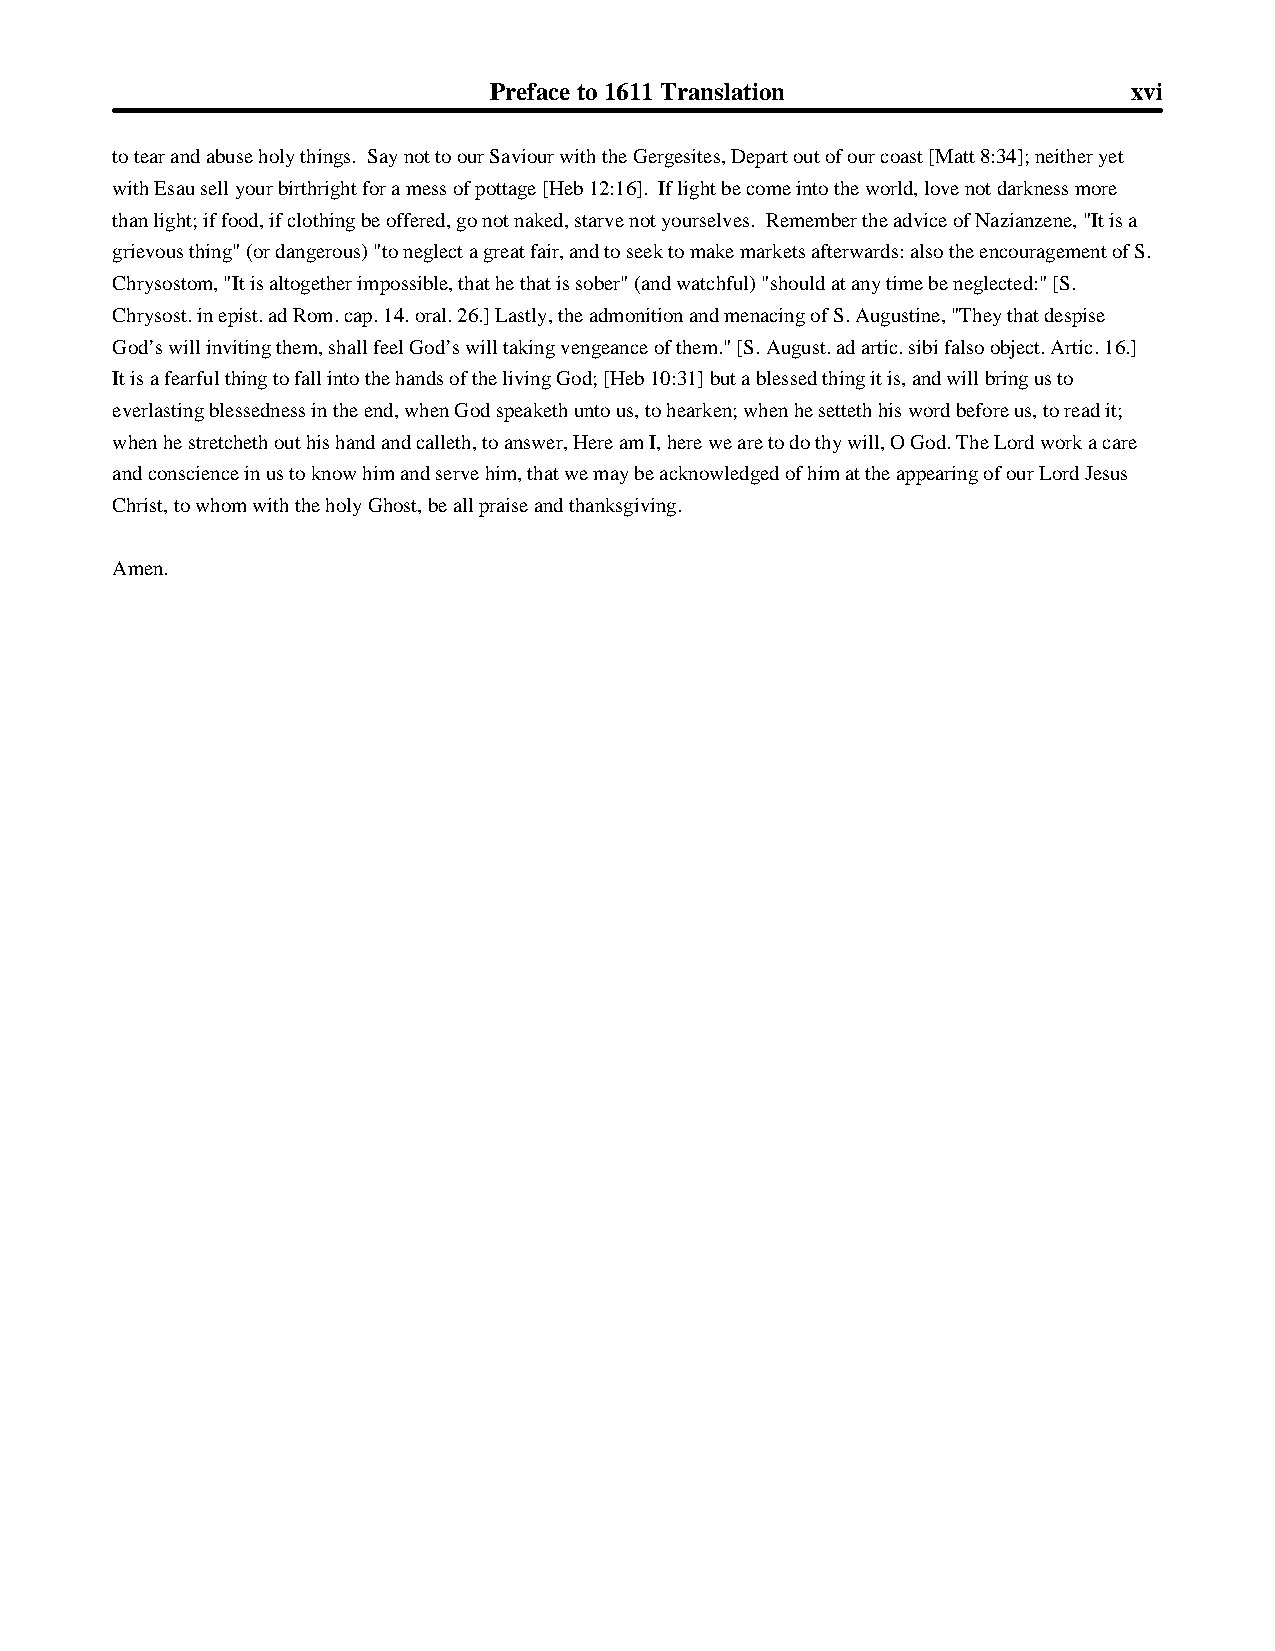
Preface to 1611 Translation                xvi
 to tear and abuse holy things. Say not to our Saviour with the Gergesites, Depart out of our coast [Matt 8:34]; neither yet
 with Esau sell your birthright for a mess of pottage [Heb 12:16]. If light be come into the world, love not darkness more
 than light; if food, if clothing be offered, go not naked, starve not yourselves. Remember the advice of Nazianzene, "It is a
 grievous thing" (or dangerous) "to neglect a great fair, and to seek to make markets afterwards: also the encouragement of S.
 Chrysostom, "It is altogether impossible, that he that is sober" (and watchful) "should at any time be neglected:" [S.
 Chrysost. in epist. ad Rom. cap. 14. oral. 26.] Lastly, the admonition and menacing of S. Augustine, "They that despise
 God’s will inviting them, shall feel God’s will taking vengeance of them." [S. August. ad artic. sibi falso object. Artic. 16.]
 It is a fearful thing to fall into the hands of the living God; [Heb 10:31] but a blessed thing it is, and will bring us to
 everlasting blessedness in the end, when God speaketh unto us, to hearken; when he setteth his word before us, to read it;
 when he stretcheth out his hand and calleth, to answer, Here am I, here we are to do thy will, O God. The Lord work a care
 and conscience in us to know him and serve him, that we may be acknowledged of him at the appearing of our Lord Jesus
 Christ, to whom with the holy Ghost, be all praise and thanksgiving.
 Amen.